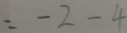
= - 2 - 4